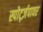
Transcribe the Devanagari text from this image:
स्पोर्ट्ज़पावर